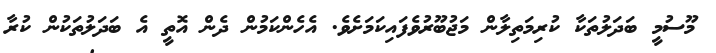
މޫސުމީ ބަދަލުތަކާ ކުރިމަތިލާން މަޖުބޫރުވެފައިކަމަށެވެ. އެހެންކަމުން ދެން އޮތީ އެ ބަދަލުތަކުން ކުރާ